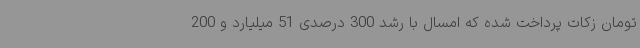
تومان زکات پرداخت شده که امسال با رشد 300 درصدی 51 میلیارد و 200